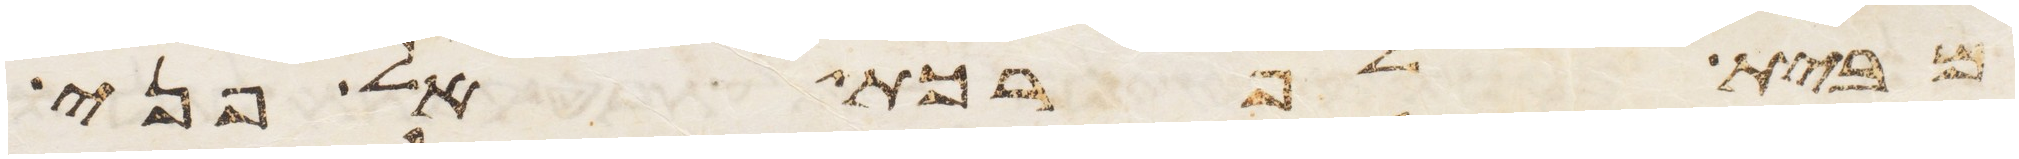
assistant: מבית לפרכת אל פני